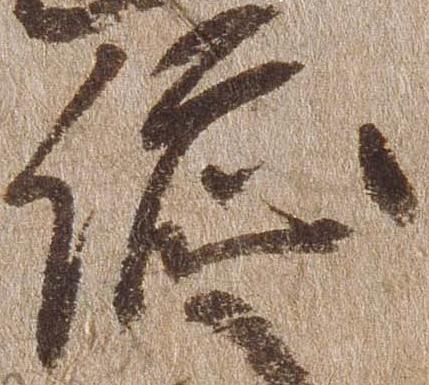
総